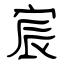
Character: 宸